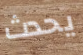
يحدث